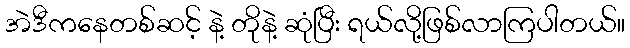
အဲဒီကနေတစ်ဆင့် နဲ့ တိုနဲ့ ဆုံပြီး ရယ်လို့ဖြစ်လာကြပါတယ်။